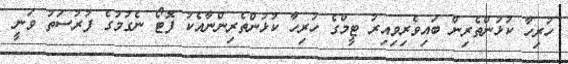
ހުރިހާ ކުޅުންތެރިން ބައިވެރިވިއިރު ޓީމްގެ ހުރިހާ ކުޅުންތެރިންނާއެކު ފޮޓޯ ނެގުމުގެ ފުރުސަތު ވަނީ